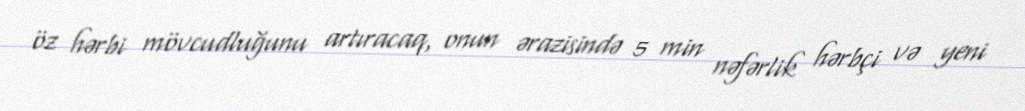
öz hərbi mövcudluğunu artıracaq, onun ərazisində 5 min nəfərlik hərbçi və yeni